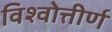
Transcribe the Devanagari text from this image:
विश्वोत्तीर्ण